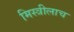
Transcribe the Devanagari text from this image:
मिस्त्रीलाच